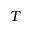
T